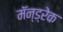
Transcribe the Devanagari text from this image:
मॅन्ड्रेक